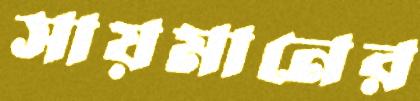
সায়মানের